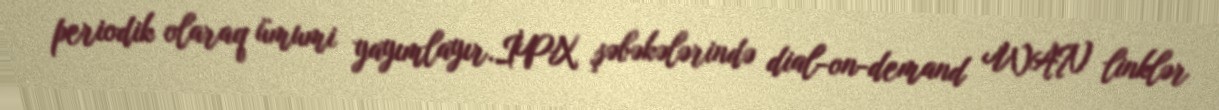
periodik olaraq ümumi yayımlayır.İPX şəbəkələrində dial-on-demand WAN linklər